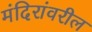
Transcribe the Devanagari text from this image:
मंदिरांवरील